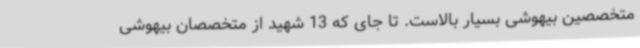
متخصصین بیهوشی بسیار بالاست. تا جای که 13 شهید از متخصصان بیهوشی